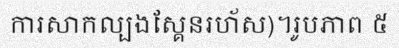
ការសាកល្បងស្គែនរហ័ស)។រូបភាព ៥